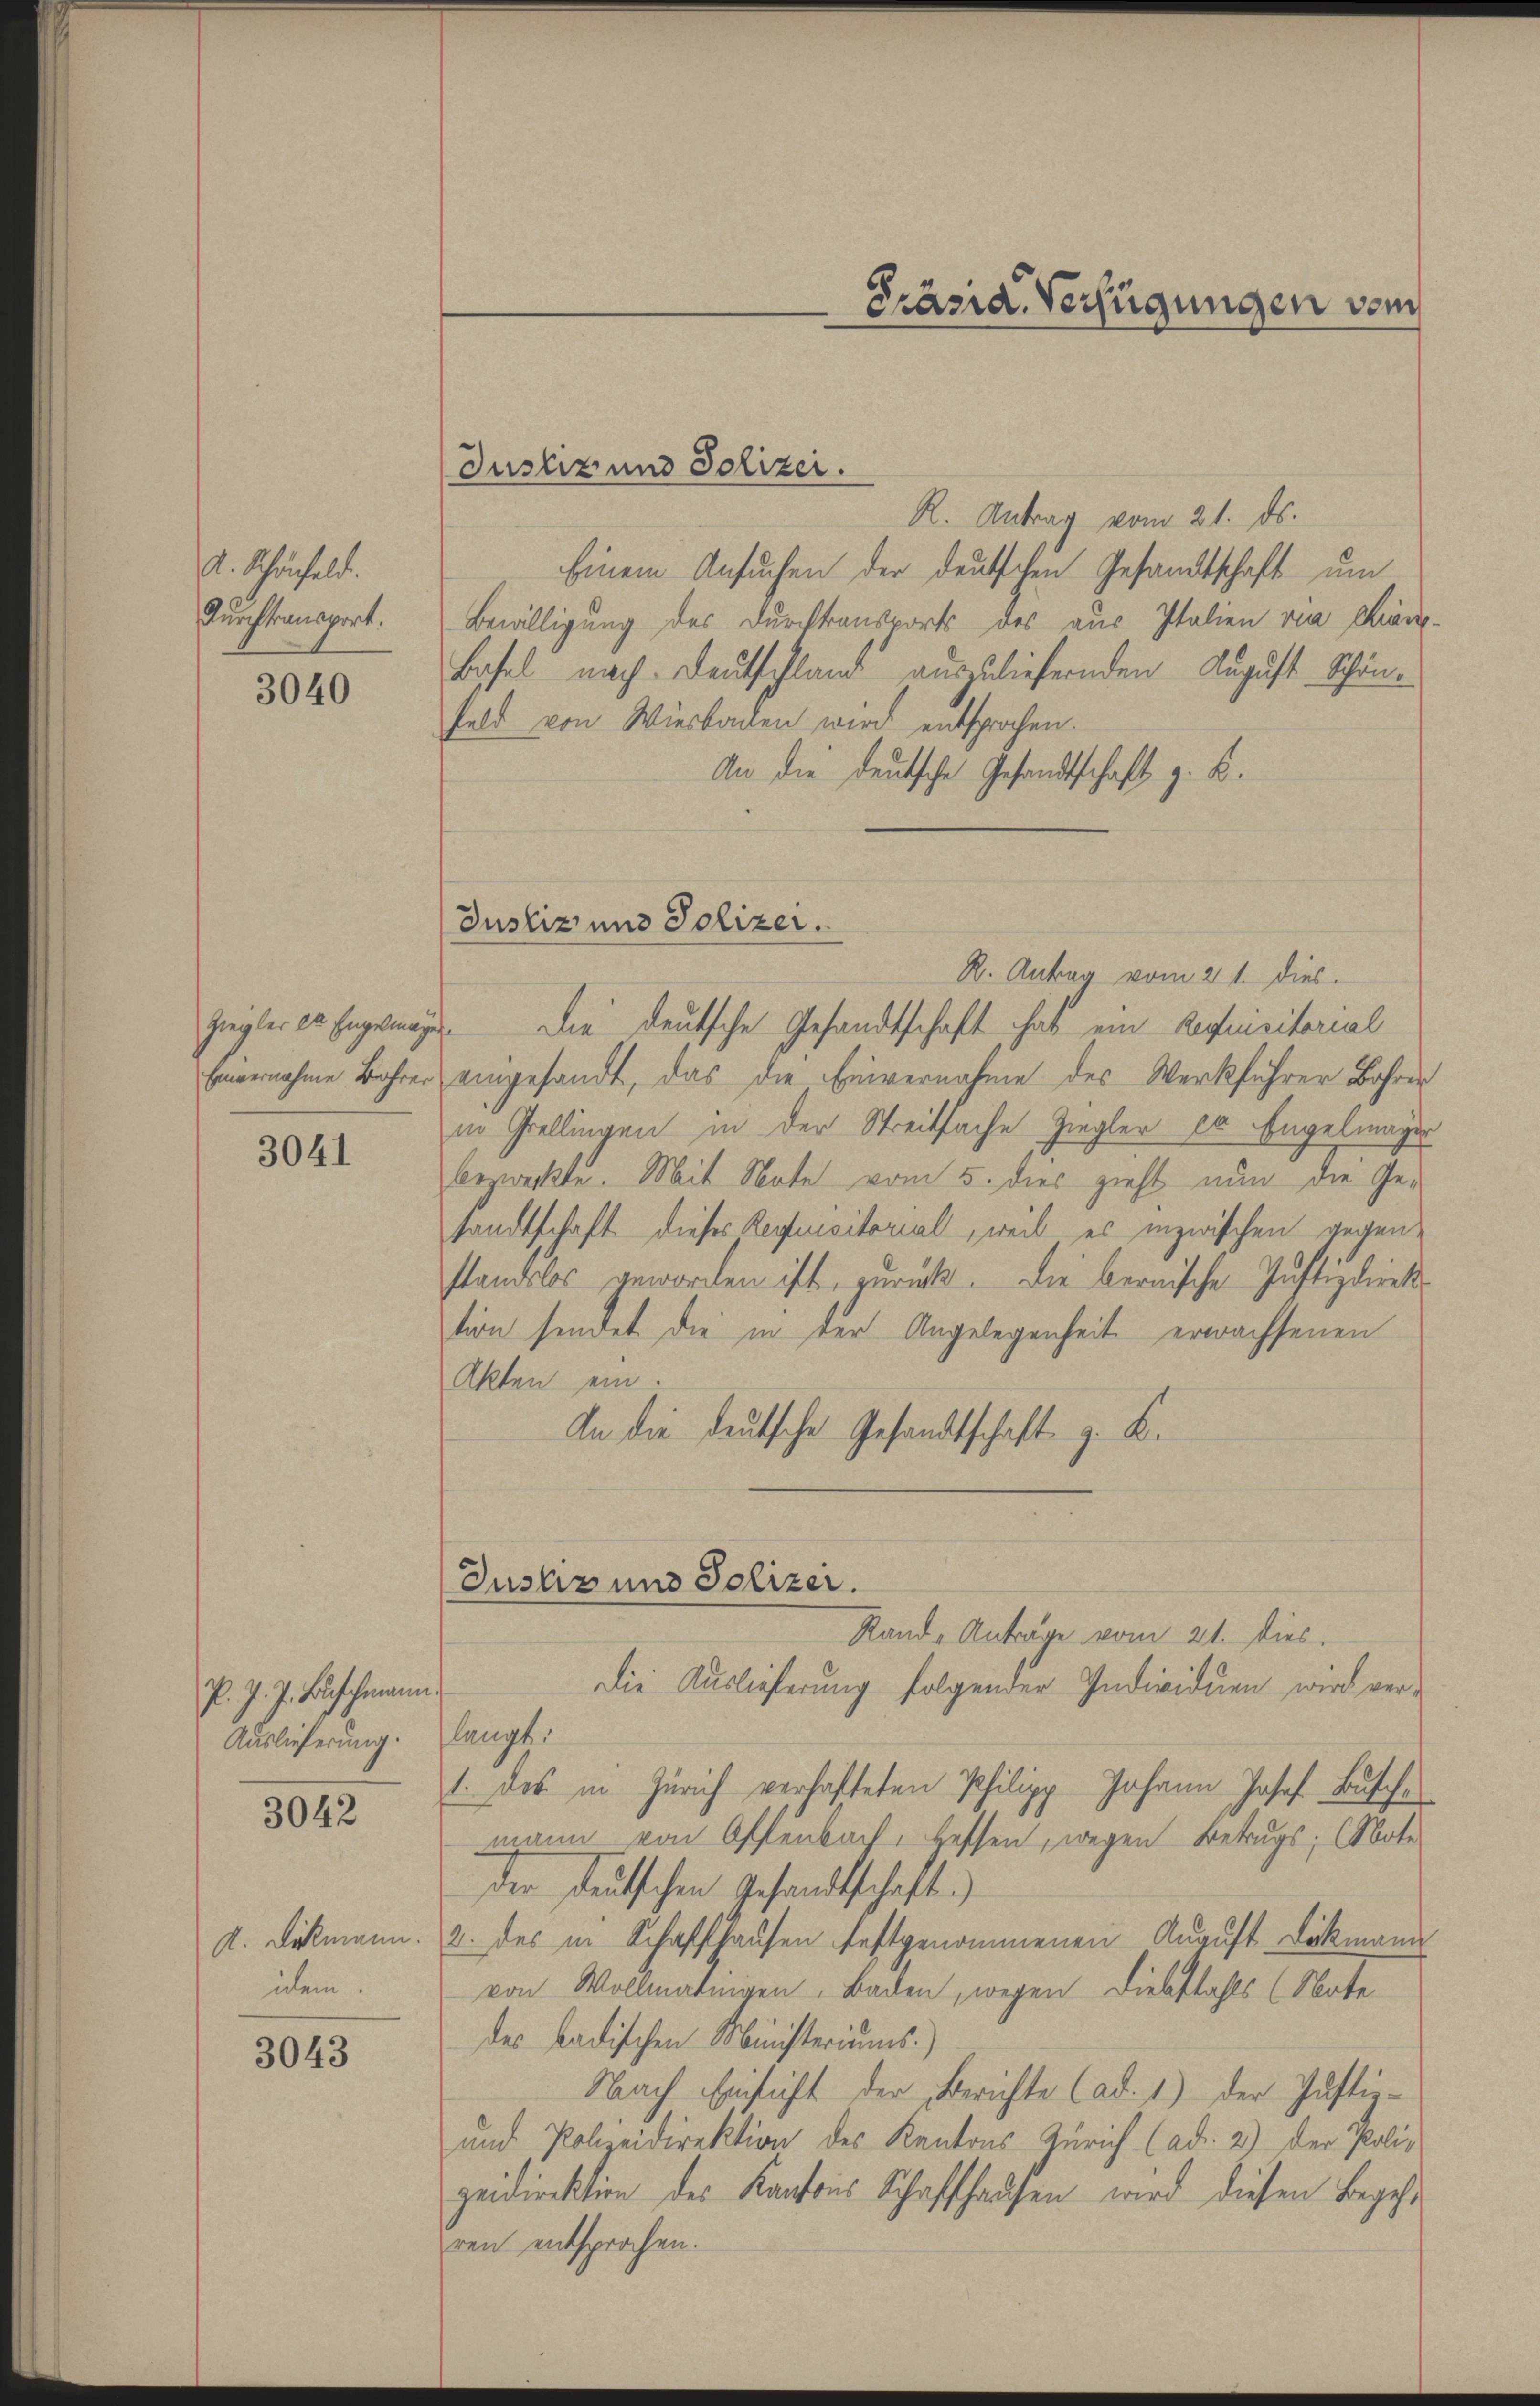
A. Schönfeld.
Durchtransport.

3040

Ziegler 20. Engermagen
Einvernahme Behrer

3041

P. J. J. Buschmann
Auslieferung.

3042

A. Dickmann.
idem.

3043

a

Justiz und Polizei.
R. Antrag vom 21. ds.
Einem Ansuchen der deutschen Gesandtschaft um
Bewilligung des Durchtansports des aus Italien von Chian-
Basel nach Deutschland auszuliefernden August Schönfeld von Wiesbaden wird entsprochen.
An die deutsche Gesandtschaft z. B.

Justiz und Polizer.

Justiz und Polizei.

R. Antrag vom 21. dies
Die deutsche Gesandtschaft hat ein Requisitorial
te
eingesandt, das die Einvernahme des Werkführer Bahren
in Grellingen in der Streitsache Ziegler er Engelmager
bezweckte. Mit Note vom 5. dies zieht nun die Gesandtschaft dieses Requisitorial, weil es inzwischen gegenstandslos geworden ist, zurück. Die bernische Justizdirektion sendet die in der Angelegenheit erwachsenen
Akten ein
An die deutsche Gesandtschaft z. B.
Stand Antrage vom 21. dies.
Die Auslieferung folgender Individuen wird verlangt.
1. Das in Zürich verhafteten Philipp Johann Josef Busche
mann von Offenbach, bessen, wegen Betrugs: (Note
der deutschen Gesandtschaft)
2. des in Schaffhausen festgenommenen August Dickmann
von Wollmatinigen, Baden, wegen Diebstahls (Note
des badischen Ministeriums.)
Nach Einsicht der Berichte (ad. 1.) Der Justiz-
und Polizeidirektion des Kantons Zürich (ad 2) der Poli-
zeidirektion des Kantons Schaffhausen wird diesen Begehr
ren entsprochen.

Präsia. Verfügungen vom